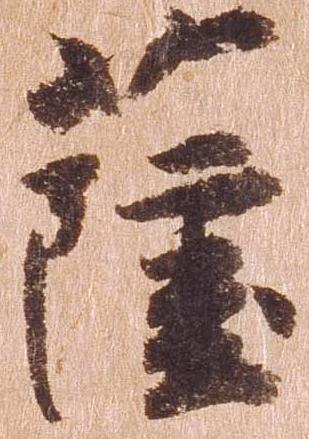
薩